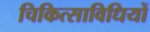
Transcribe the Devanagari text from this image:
चिकित्साविधियों